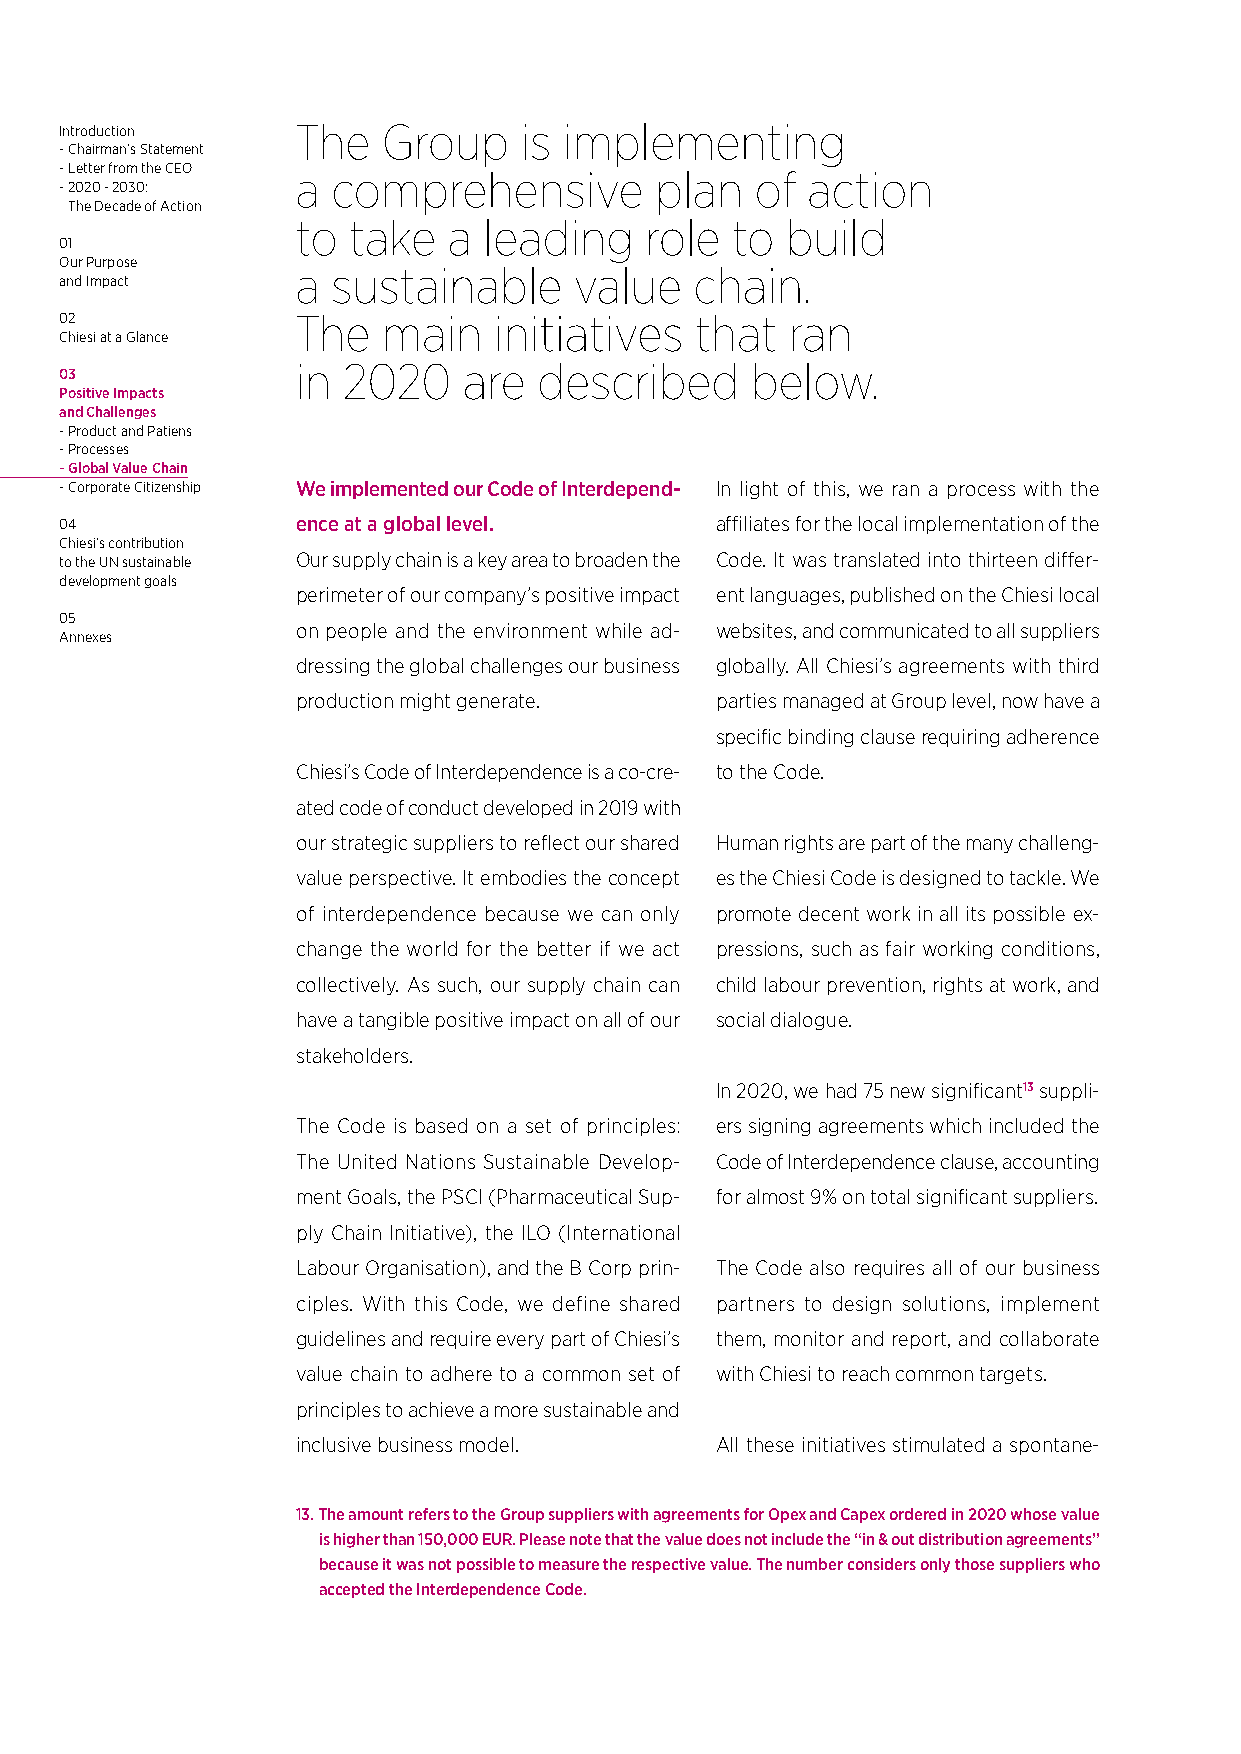
Introduction    The  Group    is implementing
 - Chairman’s Statement
 - Letter from the CEO a comprehensive  plan   of action
 - 2020 - 2030:
 The Decade of Action
 to take   a leading    role to  build
 01
 Our Purpose
 a sustainable     value   chain.
 and Impact
 02              The  main    initiatives  that  ran
 Chiesi at a Glance
 in 2020    are  described     below.
 03
 Positive Impacts
 and Challenges
 - Product and Patiens
 - Processes
 - Global Value Chain
 - Corporate Citizenship We implemented our Code of Interdepend- In light of this, we ran a process with the
 04              ence at a global level.    affiliates for the local implementation of the
 Chiesi’s contribution
 to the UN sustainable Our supply chain is a key area to broaden the Code. It was translated into thirteen differ-
 development goals
 perimeter of our company’s positive impact ent languages, published on the Chiesi local
 05
 on people and the environment while ad- websites, and communicated to all suppliers
 Annexes
 dressing the global challenges our business globally. All Chiesi’s agreements with third
 production might generate. parties managed at Group level, now have a
 specific binding clause requiring adherence
 Chiesi’s Code of Interdependence is a co-cre- to the Code.
 ated code of conduct developed in 2019 with
 our strategic suppliers to reflect our shared Human rights are part of the many challeng-
 value perspective. It embodies the concept es the Chiesi Code is designed to tackle. We
 of interdependence because we can only promote decent work in all its possible ex-
 change the world for the better if we act pressions, such as fair working conditions,
 collectively. As such, our supply chain can child labour prevention, rights at work, and
 have a tangible positive impact on all of our social dialogue.
 stakeholders.
 In 2020, we had 75 new significant13 suppli-
 The Code is based on a set of principles: ers signing agreements which included the
 The United Nations Sustainable Develop- Code of Interdependence clause, accounting
 ment Goals, the PSCI (Pharmaceutical Sup- for almost 9% on total significant suppliers.
 ply Chain Initiative), the ILO (International
 Labour Organisation), and the B Corp prin- The Code also requires all of our business
 ciples. With this Code, we define shared partners to design solutions, implement
 guidelines and require every part of Chiesi’s them, monitor and report, and collaborate
 value chain to adhere to a common set of with Chiesi to reach common targets.
 principles to achieve a more sustainable and
 inclusive business model.  All these initiatives stimulated a spontane-
 13. The amount refers to the Group suppliers with agreements for Opex and Capex ordered in 2020 whose value
 is higher than 150,000 EUR. Please note that the value does not include the “in & out distribution agreements’’
 because it was not possible to measure the respective value. The number considers only those suppliers who
 accepted the Interdependence Code.